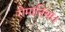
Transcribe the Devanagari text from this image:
रोमानिया।